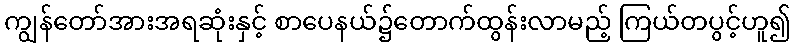
ကျွန်တော်အားအရဆုံးနှင့် စာပေနယ်၌တောက်ထွန်းလာမည့် ကြယ်တပွင့်ဟူ၍